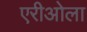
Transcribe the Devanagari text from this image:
एरीओला